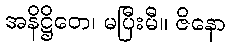
အနိဋ္ဌိတေ၊ မပြီးမီ။ ဇိနော